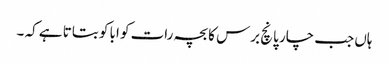
ہاں جب چار پانچ برس کا بچہ رات کو ابا کو بتاتا ہے کہ ۔